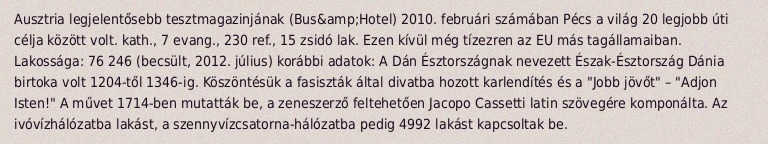
Ausztria legjelentősebb tesztmagazinjának (Bus&amp;Hotel) 2010. februári számában Pécs a világ 20 legjobb úti célja között volt. kath., 7 evang., 230 ref., 15 zsidó lak. Ezen kívül még tízezren az EU más tagállamaiban. Lakossága: 76 246 (becsült, 2012. július) korábbi adatok: A Dán Észtországnak nevezett Észak-Észtország Dánia birtoka volt 1204-től 1346-ig. Köszöntésük a fasiszták által divatba hozott karlendítés és a "Jobb jövőt" – "Adjon Isten!" A művet 1714-ben mutatták be, a zeneszerző feltehetően Jacopo Cassetti latin szövegére komponálta. Az ivóvízhálózatba lakást, a szennyvízcsatorna-hálózatba pedig 4992 lakást kapcsoltak be.